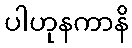
ပါဟုနကာနိ